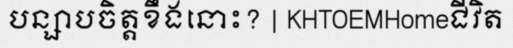
បន្សាបចិត្តខឹងនោះ? | KHTOEMHomeជីវិត